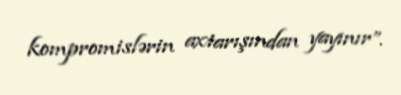
kompromislərin axtarışından yayınır”.